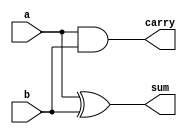
module HalfAdder_dataflow(sum,carry,a,b);
  output sum,carry;
  input a,b;
  assign sum = a ^ b;
  assign carry = a & b;
endmodule